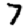
Digit: 7